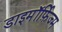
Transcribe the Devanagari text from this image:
डाइमॉर्फ़िज्म